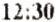
12:30